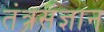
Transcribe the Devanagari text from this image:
तंत्रसंज्ञान